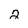
Character: 2